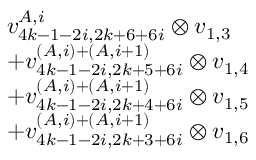
\begin{array} { r l } & { v _ { 4 k - 1 - 2 i , 2 k + 6 + 6 i } ^ { A , i } \otimes v _ { 1 , 3 } } \\ & { + v _ { 4 k - 1 - 2 i , 2 k + 5 + 6 i } ^ { ( A , i ) + ( A , i + 1 ) } \otimes v _ { 1 , 4 } } \\ & { + v _ { 4 k - 1 - 2 i , 2 k + 4 + 6 i } ^ { ( A , i ) + ( A , i + 1 ) } \otimes v _ { 1 , 5 } } \\ & { + v _ { 4 k - 1 - 2 i , 2 k + 3 + 6 i } ^ { ( A , i ) + ( A , i + 1 ) } \otimes v _ { 1 , 6 } } \end{array}